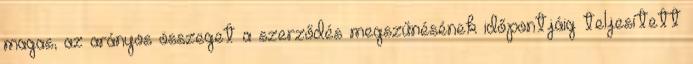
magas, az arányos összeget a szerződés megszűnésének időpontjáig teljesített